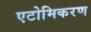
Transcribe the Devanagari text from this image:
एटोमिकरण